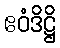
ဧဝံဒိဋ္ဌိ